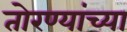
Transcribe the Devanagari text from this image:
तोरण्यांच्या